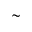
\sim